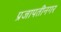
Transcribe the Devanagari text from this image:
प्रजापतीनगर